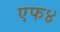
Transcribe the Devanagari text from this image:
एफ४